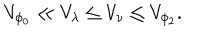
LaTeX: V _ { \phi _ { 0 } } \ll V _ { \lambda } \leq V _ { \nu } \leq V _ { \phi _ { 2 } } .